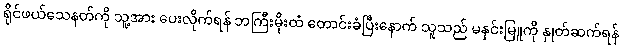
ရိုင်ဖယ်သေနတ်ကို သူ့အား ပေးလိုက်ရန် ဘကြီးမိုးထံ တောင်းခံပြီးနောက် သူသည် မနှင်းမြူကို နှုတ်ဆက်ရန်